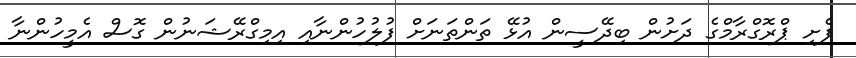
ފެށި ޕްރޮގްރާމްގެ ދަށުން ބިދޭސީން އުޅޭ ތަންތަނަށް ފުލުހުންނާއި އިމިގްރޭޝަނުން ގޮސް އެމީހުންނާ